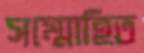
সম্মোহিত